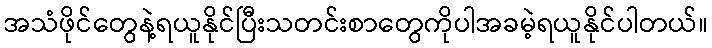
အသံဖိုင်တွေနဲ့ရယူနိုင်ပြီးသတင်းစာတွေကိုပါအခမဲ့ရယူနိုင်ပါတယ်။